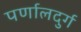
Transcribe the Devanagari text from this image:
पर्णालदुर्ग